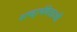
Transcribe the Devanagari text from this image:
शब्दार्थवेत्ताओं